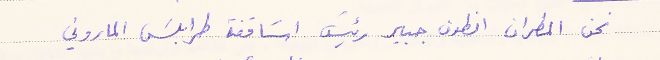
نحن المطران انطون جبير رئيس اسَاقفة طرابلس الماروني